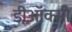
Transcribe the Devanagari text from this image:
डीऑक्सी